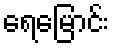
ရေမြောင်း